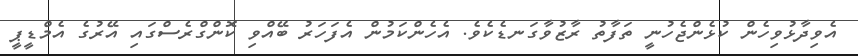
އެވިދާޅުވިހެން ކުޅެންޖެހުނީ ތަފާތު ރާޒުވާގަނޑެކެވެ. އެހެންކަމުން އެފަހަރު ބޭއްވި ކޮންގްރެސްގައި އޭރުގެ އެމްޑީޕީ